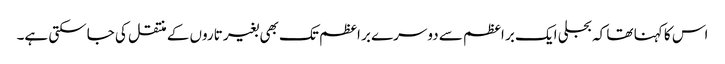
اس کا کہنا تھا کہ بجلی ایک بر اعظم سے دوسرے بر اعظم تک بھی بغیر تاروں کے منتقل کی جاسکتی ہے۔